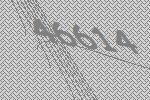
46614